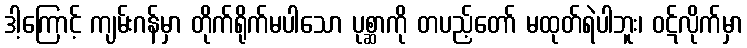
ဒါ့ကြောင့် ကျမ်းဂန်မှာ တိုက်ရိုက်မပါသော ပုစ္ဆာကို တပည့်တော် မထုတ်ရဲပါဘူး၊ ဝဋ်လိုက်မှာ